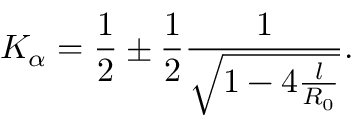
K _ { \alpha } = \frac { 1 } { 2 } \pm \frac { 1 } { 2 } \frac { 1 } { \sqrt { 1 - 4 \frac { l } { R _ { 0 } } } } .